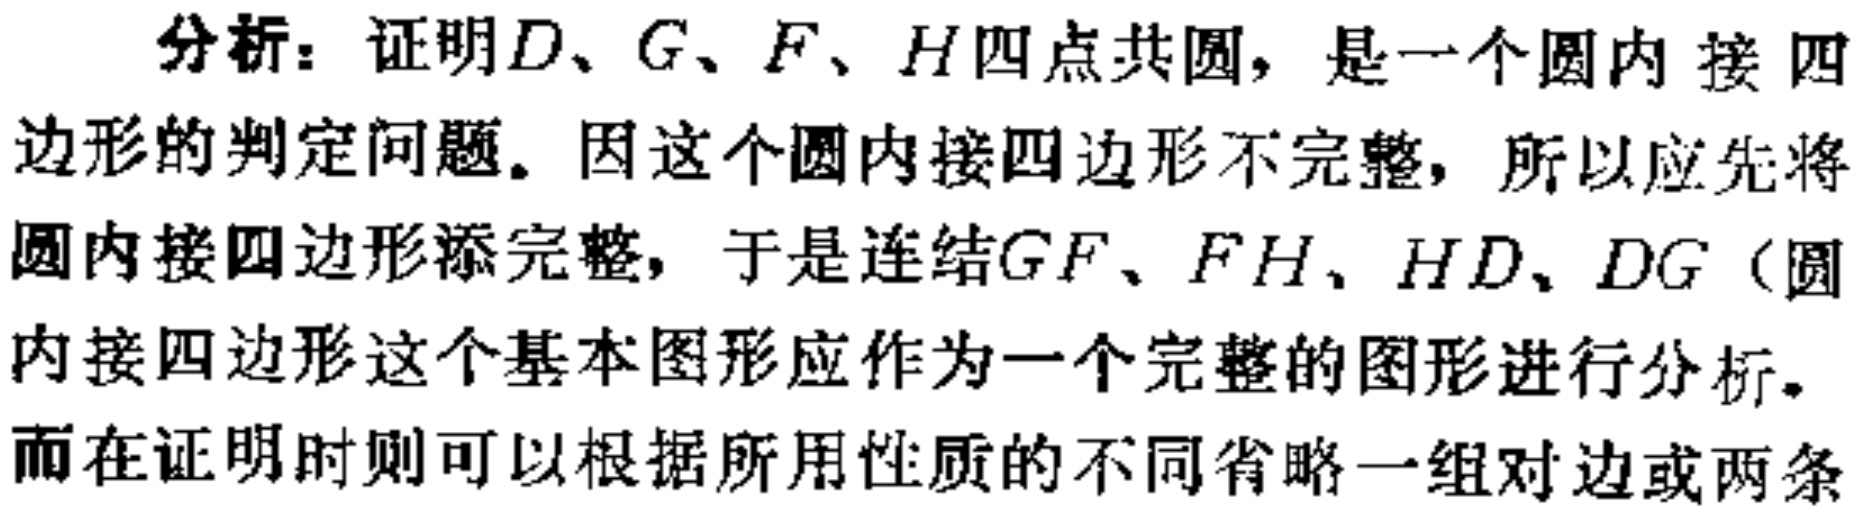
分析：证明\(D\)、\(G\)、\(F\)、\(H\)四点共圆，是一个圆内 接 四边形的判定问题。因这个圆内接四边形不完整，所以应先将圆内接四边形添完整，于是连结\(GF\)、\(FH\)、\(HD\)、\(DG\)（圆内接四边形这个基本图形应作为一个完整的图形进行分析。而在证明时则可以根据所用性质的不同省略一组对边或两条